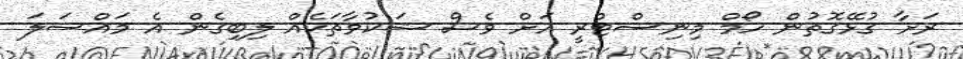
ރަށާ ގުޅޭގޮތުން ހޯމް މިނިސްޓްރީ އަށް ވެސް ޝަކުވާތަކެއް ލިބިގެން އެ މައްސަލަ